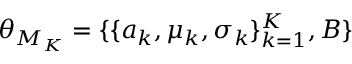
\theta _ { M _ { K } } = \{ \{ a _ { k } , \mu _ { k } , \sigma _ { k } \} _ { k = 1 } ^ { K } , B \}